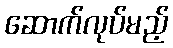
ဆောက်လုပ်မည့်